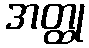
အတ္ထု